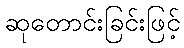
ဆုတောင်းခြင်းဖြင့်